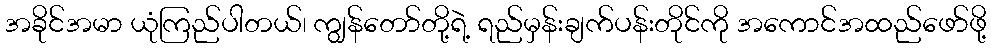
အခိုင်အမာ ယုံကြည်ပါတယ်၊ ကျွန်တော်တို့ရဲ့ ရည်မှန်းချက်ပန်းတိုင်ကို အကောင်အထည်ဖော်ဖို့